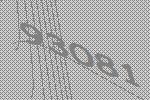
93081